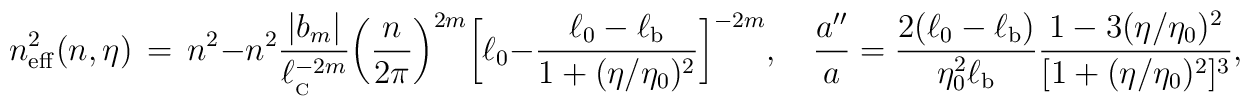
n_{\rm eff}^2(n,\eta) \, = \, n^2-n^2\frac{\vert b_m \vert }{\ell_{_{\rm C}}^{-2m}} \biggl(\frac{n}{2\pi}\biggr)^{2m} \biggl[\ell_0-\frac{\ell _0-\ell _{\rm b}}{1+( \eta /\eta _0)^2}\biggr]^{-2m},\quad \frac{a''}{a}= \frac{2(\ell _0-\ell _{\rm b})}{\eta _0^2\ell_{\rm b}} \frac{1-3(\eta /\eta_0)^2}{[1+(\eta /\eta _0)^2]^3},